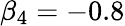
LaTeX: \beta_{4}=-0.8